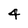
Character: 4